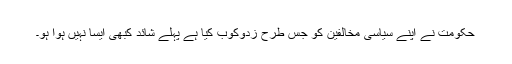
حکومت نے اپنے سیاسی مخالفین کو جس طرح زدوکوب کیا ہے پہلے شائد کبھی ایسا نہیں ہوا ہو۔